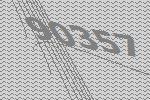
90357